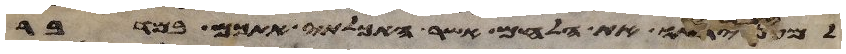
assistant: למען יראו את הלחם אשר האכלתי אתכם במדבר